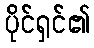
ပိုင်ရှင်၏